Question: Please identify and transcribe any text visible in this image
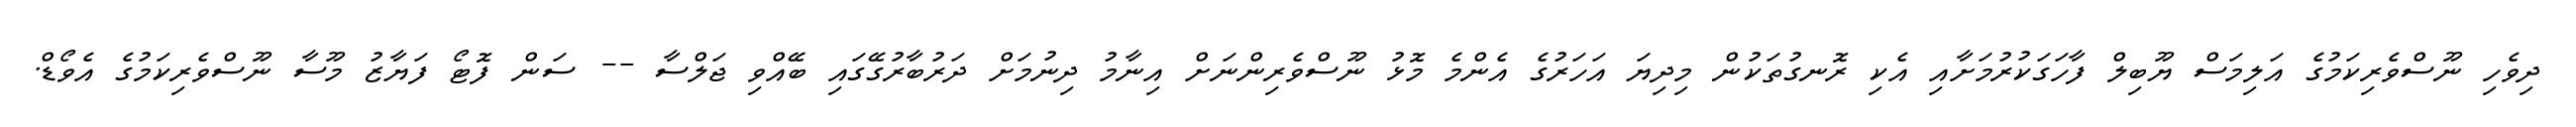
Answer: ދިވެހި ނޫސްވެރިކަމުގެ އަލިމަސް ޔޫބިލް ފާހަގަކުރުމަށާއި އެކި ރޮނގުތަކުން މިދިޔަ އަހަރުގެ އެންމެ މޮޅު ނޫސްވެރިންނަށް އިނާމު ދިނުމަށް ދަރުބާރުގޭގައި ބޭއްވި ޖަލްސާ -- ސަން ފޮޓޯ ފަޔާޒު މޫސާ ނޫސްވެރިކަމުގެ އެވޯޑް.